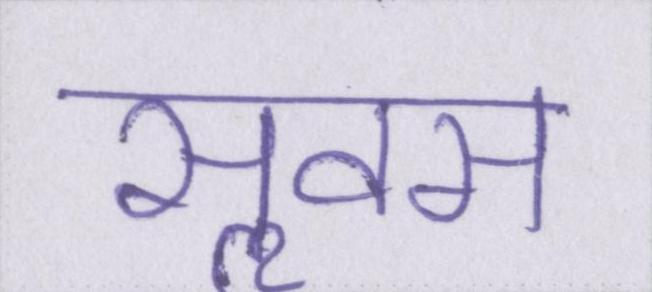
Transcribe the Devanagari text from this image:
सॢवस